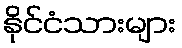
နိုင်ငံသားများ